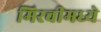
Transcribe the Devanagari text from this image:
मिरचीमध्ये